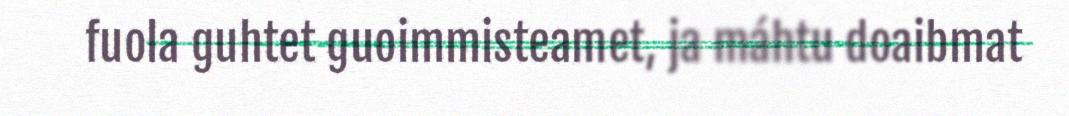
fuola guhtet guoimmisteamet, ja máhtu doaibmat